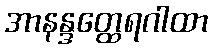
အာနန္ဒတ္ထေရဂါထာ